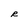
Character: R